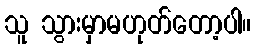
သူ သွားမှာမဟုတ်တော့ပါ။